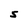
Character: S